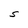
Character: S